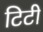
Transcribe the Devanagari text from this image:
टिटी